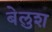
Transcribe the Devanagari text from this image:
बेलुश